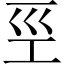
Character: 巠